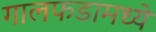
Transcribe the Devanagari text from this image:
गालफडामध्ये